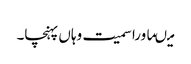
میںماورا سمیت وہاں پہنچا۔